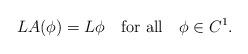
LaTeX: \begin{align*}LA(\phi)=L\phi\quad\mbox{for all}\quad\phi\in C^1.\end{align*}